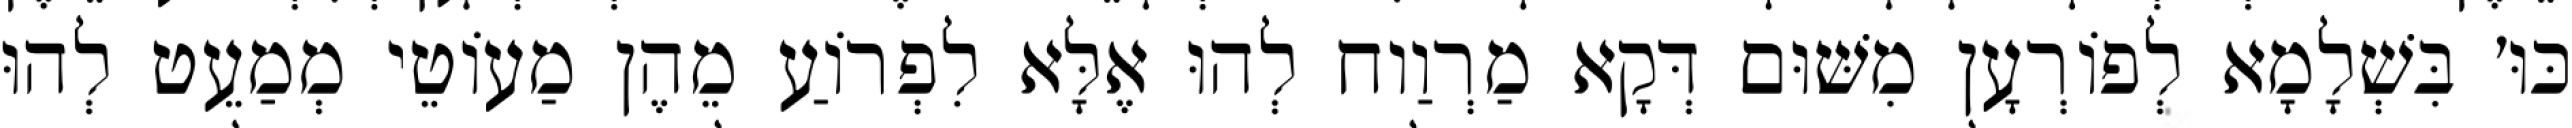
כּוּ׳ בִּשְׁלָמָא לְפוֹרְעָן מִשּׁוּם דְּקָא מַרְוַוח לְהוּ אֶלָּא לִפְרוֹעַ מֵהֶן מַעוֹטֵי מְמַעֵט לְהוּ